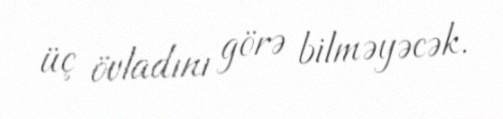
üç övladını görə bilməyəcək.